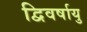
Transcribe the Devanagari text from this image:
द्विवर्षायु